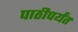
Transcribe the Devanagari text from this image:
पाठीपर्यंत